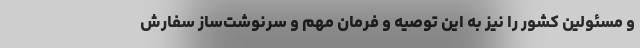
و مسئولین کشور را نیز به این توصیه و فرمان مهم و سرنوشت‌ساز سفارش